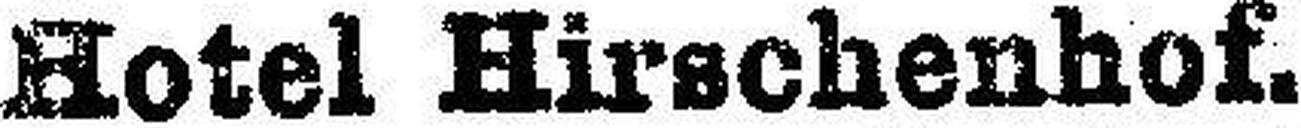
Hotel Hirschenhof.